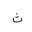
Letter: _tha